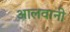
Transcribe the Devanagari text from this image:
आलवानी